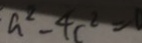
a ^ { 2 } - 4 c ^ { 2 } = 1